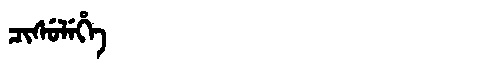
Manchu: ᠴᡳᠰᡠᠯᡝᡥᡝ
Romanization: CISULEHE